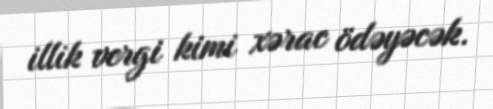
illik vergi kimi xərac ödəyəcək.